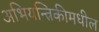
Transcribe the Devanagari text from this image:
अभियन्त्रिकीमधील